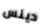
دينس